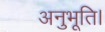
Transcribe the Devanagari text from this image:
अनुभूति।